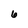
Character: 6